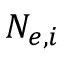
N _ { e , i }